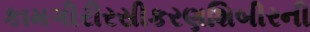
કામગીરીરસીકરણશિબીરની